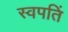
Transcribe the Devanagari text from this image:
स्वपतिं